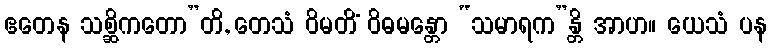
ဧတေန သစ္ဆိကတော”တိ, တေသံ ဝိမတိံ ဝိဓမန္တော “သမာရက”န္တိ အာဟ။ ယေသံ ပန